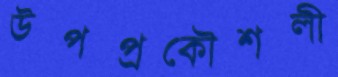
উপপ্রকৌশলী